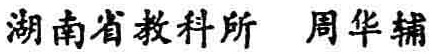
湖南省教科所 周华辅